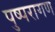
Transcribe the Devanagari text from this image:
पुष्परागण